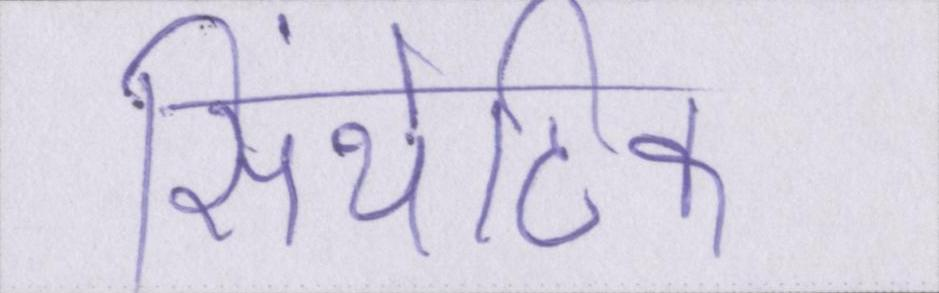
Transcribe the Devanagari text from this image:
सिंथेटिक